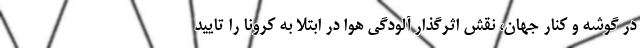
در گوشه و کنار جهان، نقش اثرگذار آلودگی هوا در ابتلا به کرونا را تایید